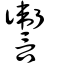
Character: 讏